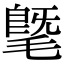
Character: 𣯦